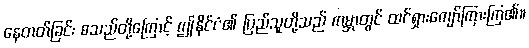
နေတတ်ခြင်း စသည်တို့ကြောင့် ဤနိုင်ငံ၏ ပြည်သူတို့သည် ကမ္ဘာတွင် ထင်ရှားကျော်ကြားကြ၏။